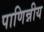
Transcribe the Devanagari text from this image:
पाणिन्नीय